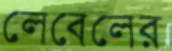
লেবেলের